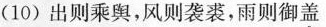
(10)出则乘舆，风则袭裘，雨则御盖